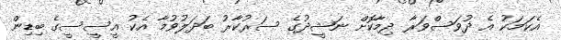
އެކަމަކު އެ ދުވަސްވަރާ ދިމާކޮށް ނަޝީދުގެ ސަރުކާރު ބަދަލުވުމާ އެކު އީސީސީގެ ބިޑިން